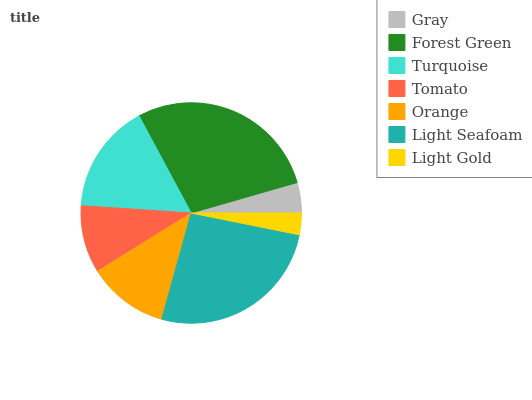
| Gray | Forest Green | Turquoise | Tomato | Orange | Light Seafoam | Light Gold |
 | --- | --- | --- | --- | --- | --- | --- |
 | 4.46% | 28.4% | 16.1% | 9.91% | 11.9% | 26.1% | 3.17% |